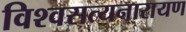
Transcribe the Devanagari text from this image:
विश्वसत्यनारायण